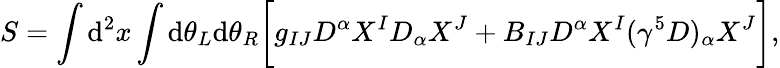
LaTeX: S=\int\mathrm{d}^{2}x\int\mathrm{d}\theta_{L}\mathrm{d}\theta_{R}\biggl[g_{IJ}D^{\alpha}X^{I}D_{\alpha}X^{J}+B_{IJ}D^{\alpha}X^{I}(\gamma^{5}D)_{\alpha}X^{J}\biggr],